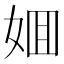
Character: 𡜼